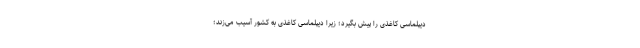
دیپلماسی کاغذی را پیش بگیرد؛ زیرا دیپلماسی کاغذی به کشور آسیب می‌زند؛